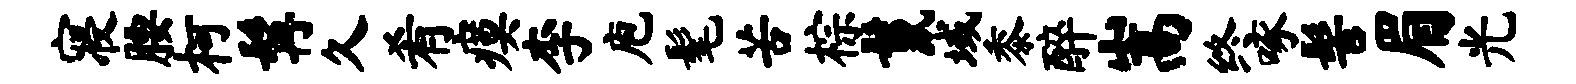
寝腰柯髯久肴瘼李庖髦苦棕鬣域黍醉嵩终啄髻眉光